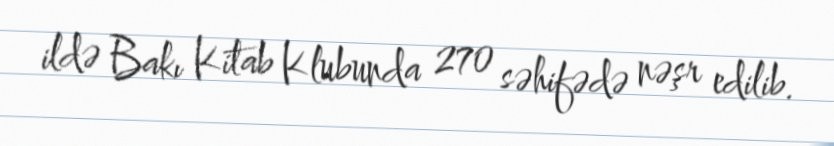
ildə Bakı Kitab Klubunda 270 səhifədə nəşr edilib.